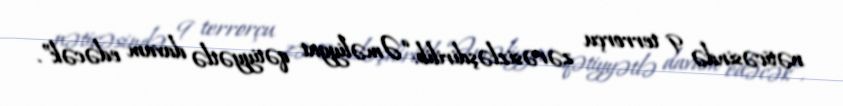
nəticəsində 9 terrorçu zərəsizləşdirilib: “Əməliyyat qətiyyətlə davam edəcək”.